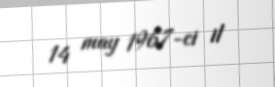
14 may 1967-ci il